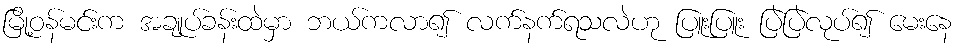
မြို့ဝန်မင်းက အချုပ်ခန်းထဲမှာ ဘယ်ကလာ၍ လက်နက်ရသလဲဟု ပြူးပြူး ပြဲပြဲလုပ်၍ မေးနေ